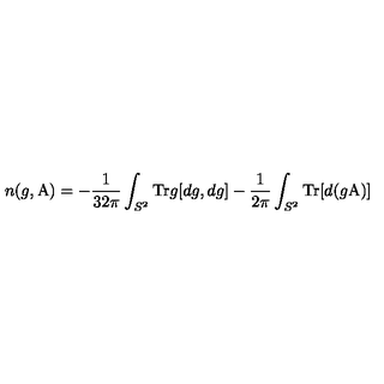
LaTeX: n ( g , \mathrm { \boldmath A } ) = - \frac { 1 } { 3 2 \pi } \int _ { S ^ { 2 } } \mathrm { T r } g [ d g , d g ] - \frac { 1 } { 2 \pi } \int _ { S ^ { 2 } } \mathrm { T r } [ d ( g \mathrm { \boldmath A } ) ]